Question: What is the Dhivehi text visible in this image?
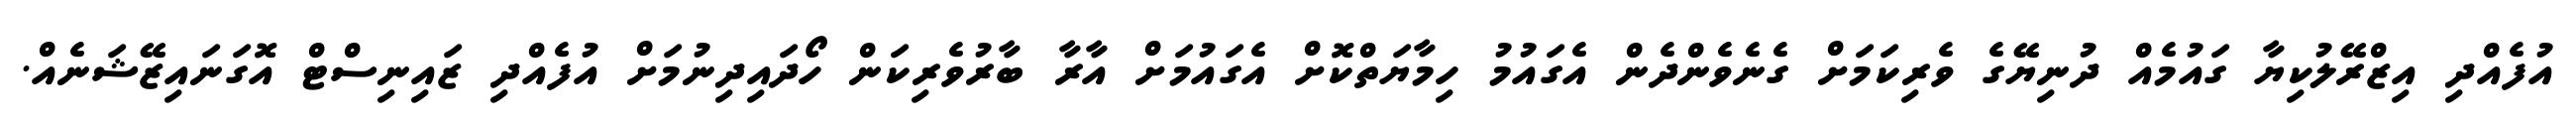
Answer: އުފެއްދި އިޒްރޭލުކިޔާ ގައުމެއް ދުނިޔޭގެ ވެރިކަމަށް ގެނެވެންދެން އެގައުމު ހިމާޔަތްކޮށް އެގައުމަށް އާރާ ބާރުވެރިކަން ހޯދައިދިނުމަށް އުފެއްދި ޒައިނިސްޓް އޮގަނައިޒޭޝަނެއް.